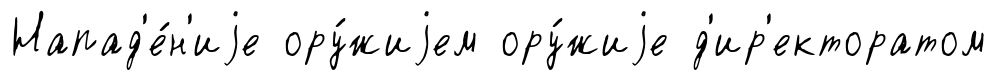
Напад'е́н'иjе ору́жиjем ору́жиjе д'ир'екторатом